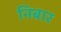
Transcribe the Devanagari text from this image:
निबार